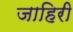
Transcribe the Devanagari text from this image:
जाहिरी